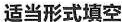
适当形式填空